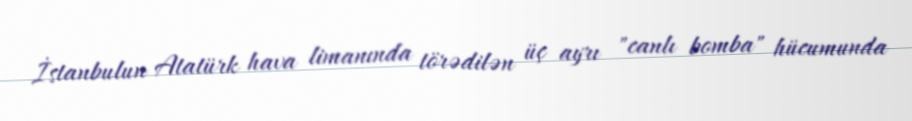
İstanbulun Atatürk hava limanında törədilən üç ayrı "canlı bomba" hücumunda